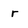
Character: r